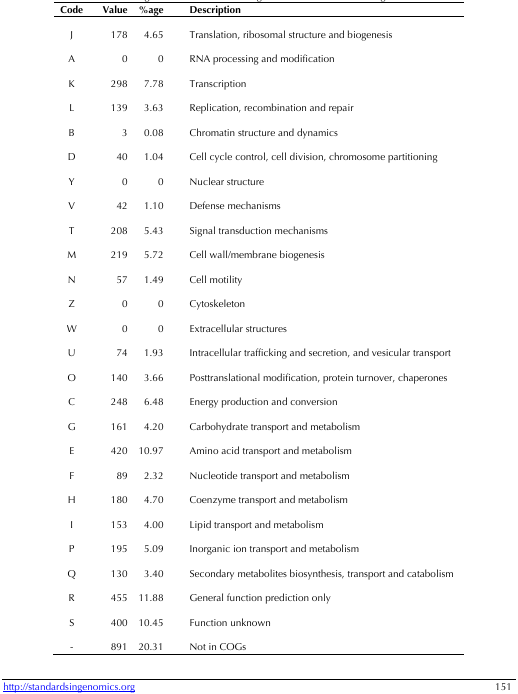
<table><thead><tr><td><b>Code</b></td><td><b>Value</b></td><td><b>%age</b></td><td><b>Description</b></td></tr></thead><tbody><tr><td>J</td><td>178</td><td>4.65</td><td>Translation, ribosomal structure and biogenesis</td></tr><tr><td>A</td><td>0</td><td>0</td><td>RNA processing and modification</td></tr><tr><td>K</td><td>298</td><td>7.78</td><td>Transcription</td></tr><tr><td>L</td><td>139</td><td>3.63</td><td>Replication, recombination and repair</td></tr><tr><td>B</td><td>3</td><td>0.08</td><td>Chromatin structure and dynamics</td></tr><tr><td>D</td><td>40</td><td>1.04</td><td>Cell cycle control, cell division, chromosome partitioning</td></tr><tr><td>Y</td><td>0</td><td>0</td><td>Nuclear structure</td></tr><tr><td>V</td><td>42</td><td>1.10</td><td>Defense mechanisms</td></tr><tr><td>T</td><td>208</td><td>5.43</td><td>Signal transduction mechanisms</td></tr><tr><td>M</td><td>219</td><td>5.72</td><td>Cell wall/membrane biogenesis</td></tr><tr><td>N</td><td>57</td><td>1.49</td><td>Cell motility</td></tr><tr><td>Z</td><td>0</td><td>0</td><td>Cytoskeleton</td></tr><tr><td>W</td><td>0</td><td>0</td><td>Extracellular structures</td></tr><tr><td>U</td><td>74</td><td>1.93</td><td>Intracellular trafficking and secretion, and vesicular transport</td></tr><tr><td>O</td><td>140</td><td>3.66</td><td>Posttranslational modification, protein turnover, chaperones</td></tr><tr><td>C</td><td>248</td><td>6.48</td><td>Energy production and conversion</td></tr><tr><td>G</td><td>161</td><td>4.20</td><td>Carbohydrate transport and metabolism</td></tr><tr><td>E</td><td>420</td><td>10.97</td><td>Amino acid transport and metabolism</td></tr><tr><td>F</td><td>89</td><td>2.32</td><td>Nucleotide transport and metabolism</td></tr><tr><td>H</td><td>180</td><td>4.70</td><td>Coenzyme transport and metabolism</td></tr><tr><td>I</td><td>153</td><td>4.00</td><td>Lipid transport and metabolism</td></tr><tr><td>P</td><td>195</td><td>5.09</td><td>Inorganic ion transport and metabolism</td></tr><tr><td>Q</td><td>130</td><td>3.40</td><td>Secondary metabolites biosynthesis, transport and catabolism</td></tr><tr><td>R</td><td>455</td><td>11.88</td><td>General function prediction only</td></tr><tr><td>S</td><td>400</td><td>10.45</td><td>Function unknown</td></tr><tr><td>-</td><td>891</td><td>20.31</td><td>Not in COGs</td></tr></tbody></table>